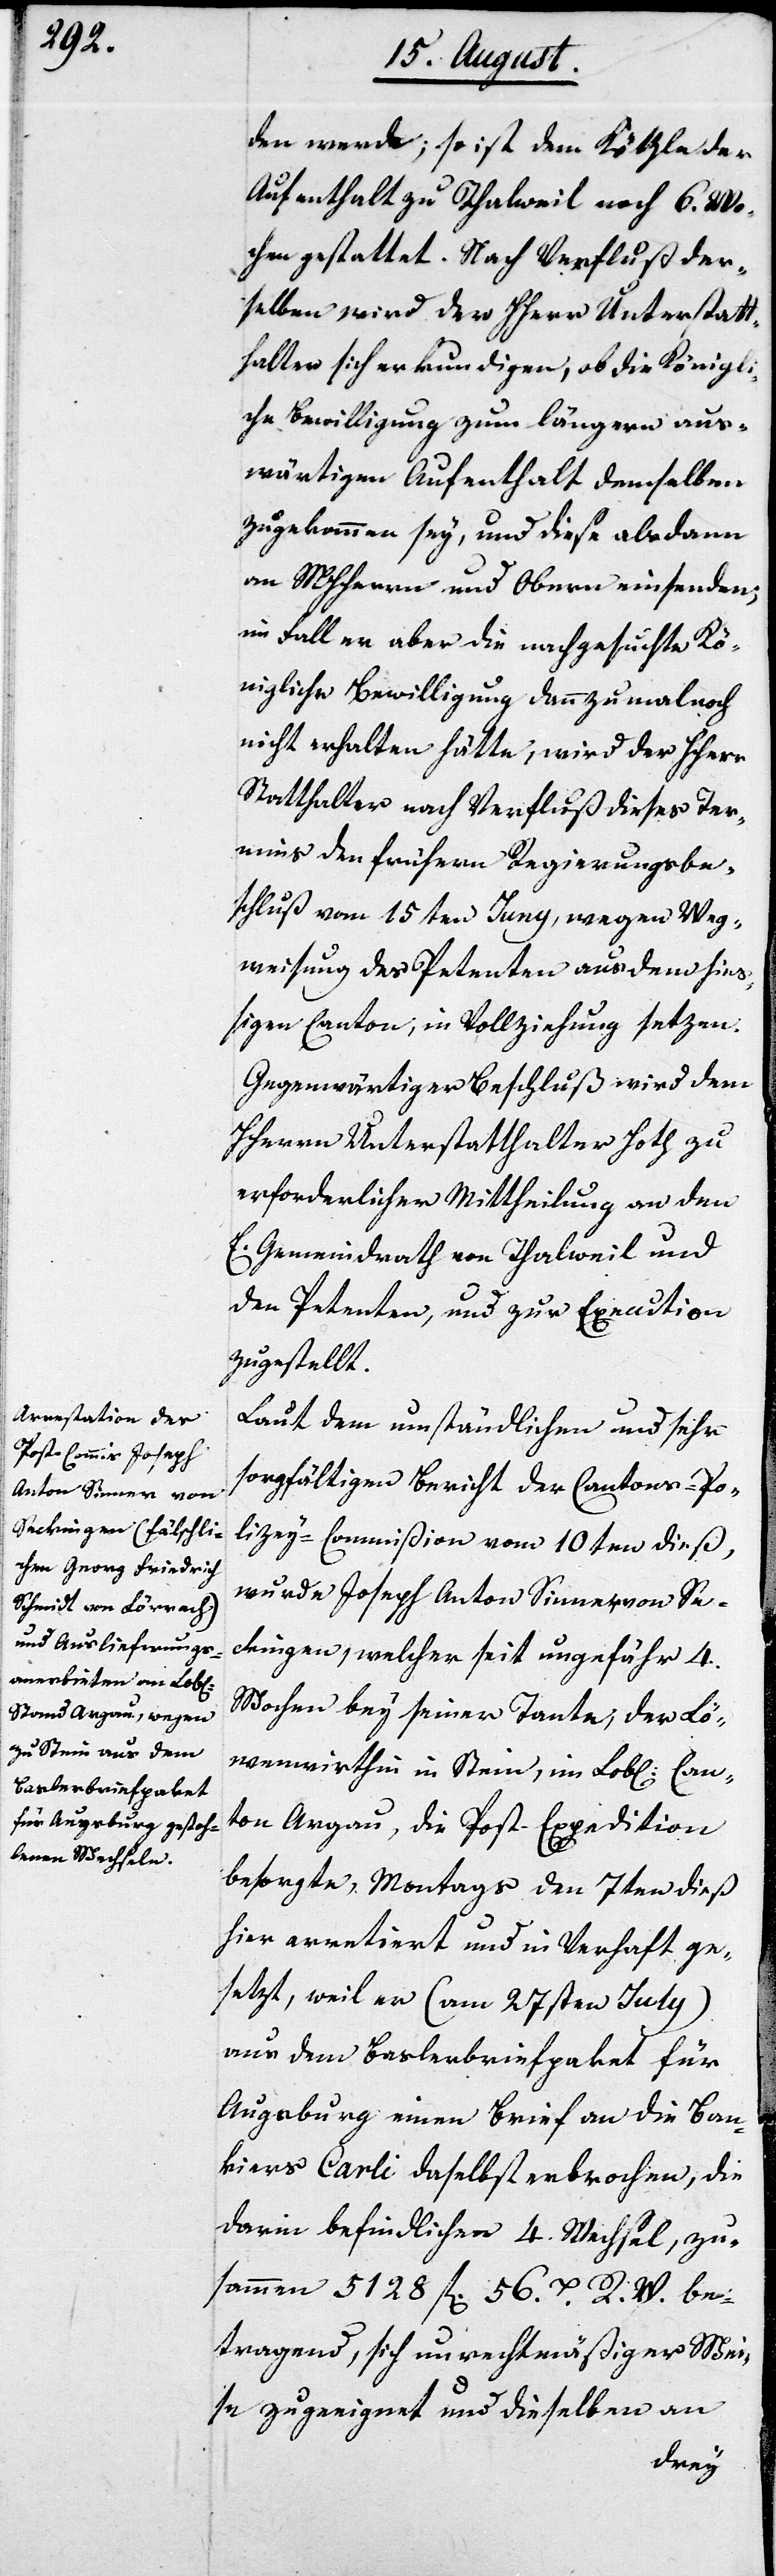
den werde; so ist dem Kötzle der
Aufenthalt zu Thalwil noch 6. Wo¬
chen gestattet. Nach Verfluß der¬
selben wird der HHerr Unterstatt¬
halter sich erkundigen, ob die Königli¬
che Bewilligung zum längern aus¬
wärtigen Aufenthalt demselben
zugekommen sey, und diese alsdann
an MHHerren und Obern einsenden,
im Fall er aber die nachgesuchte Kö¬
nigliche Bewilligung dann zumalen noch
nicht erhalten hätte, wird der HHerr
Statthalter nach Verfluß dieses Ter¬
mins den frühern Regierungsbe¬
schluß vom 15ten Juny, wegen Weg¬
weisung des Petenten aus dem hieß¬
igen Canton, in Vollziehung setzen.
Gegenwärtiger Beschluß wird dem
HHerrn Unterstatthalter Hotz zu
erforderlicher Mittheilung an den
E. Gemeindrath von Thalweil und
den Petenten, und zur Execution
zugestellt.
Laut dem umständlichen und sehr
sorgfältigen Bericht der Cantons-Po¬
lizey-Commißion vom 10ten dieß,
wurde Joseph Anton Sinner von Sec¬
kingen, welcher seit ungefähr 4.
Wochen bey seiner Tante, der Lö¬
wenwirthin in Stein, im Lobl. Can¬
ton Argau, die Post Expedition
besorgte, Montags den 7ten dieß
hier arretiert und in Verhaft ge¬
setzt, weil er (am 27sten July)
aus dem Baslerbriefpaket für
Augsburg einen Brief an die Ban¬
kiers Carli daselbst erbrochen, die
darin befindlichen 4. Wechsel, zu¬
sammen 5128 fl. 56 Kr. R. W. be¬
tragend, sich unrechtmäßiger Wei¬
se zugeeignet und dieselben